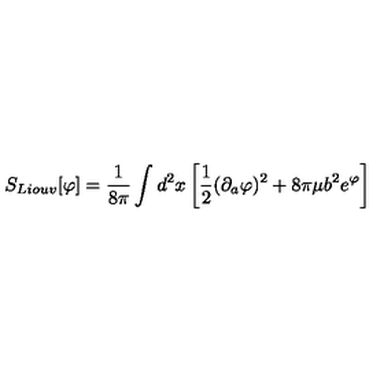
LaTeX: S _ { L i o u v } [ \varphi ] = { \frac { 1 } { 8 \pi } } \int d ^ { 2 } x \left[ { \frac { 1 } { 2 } } ( \partial _ { a } \varphi ) ^ { 2 } + 8 \pi \mu b ^ { 2 } e ^ { \varphi } \right]